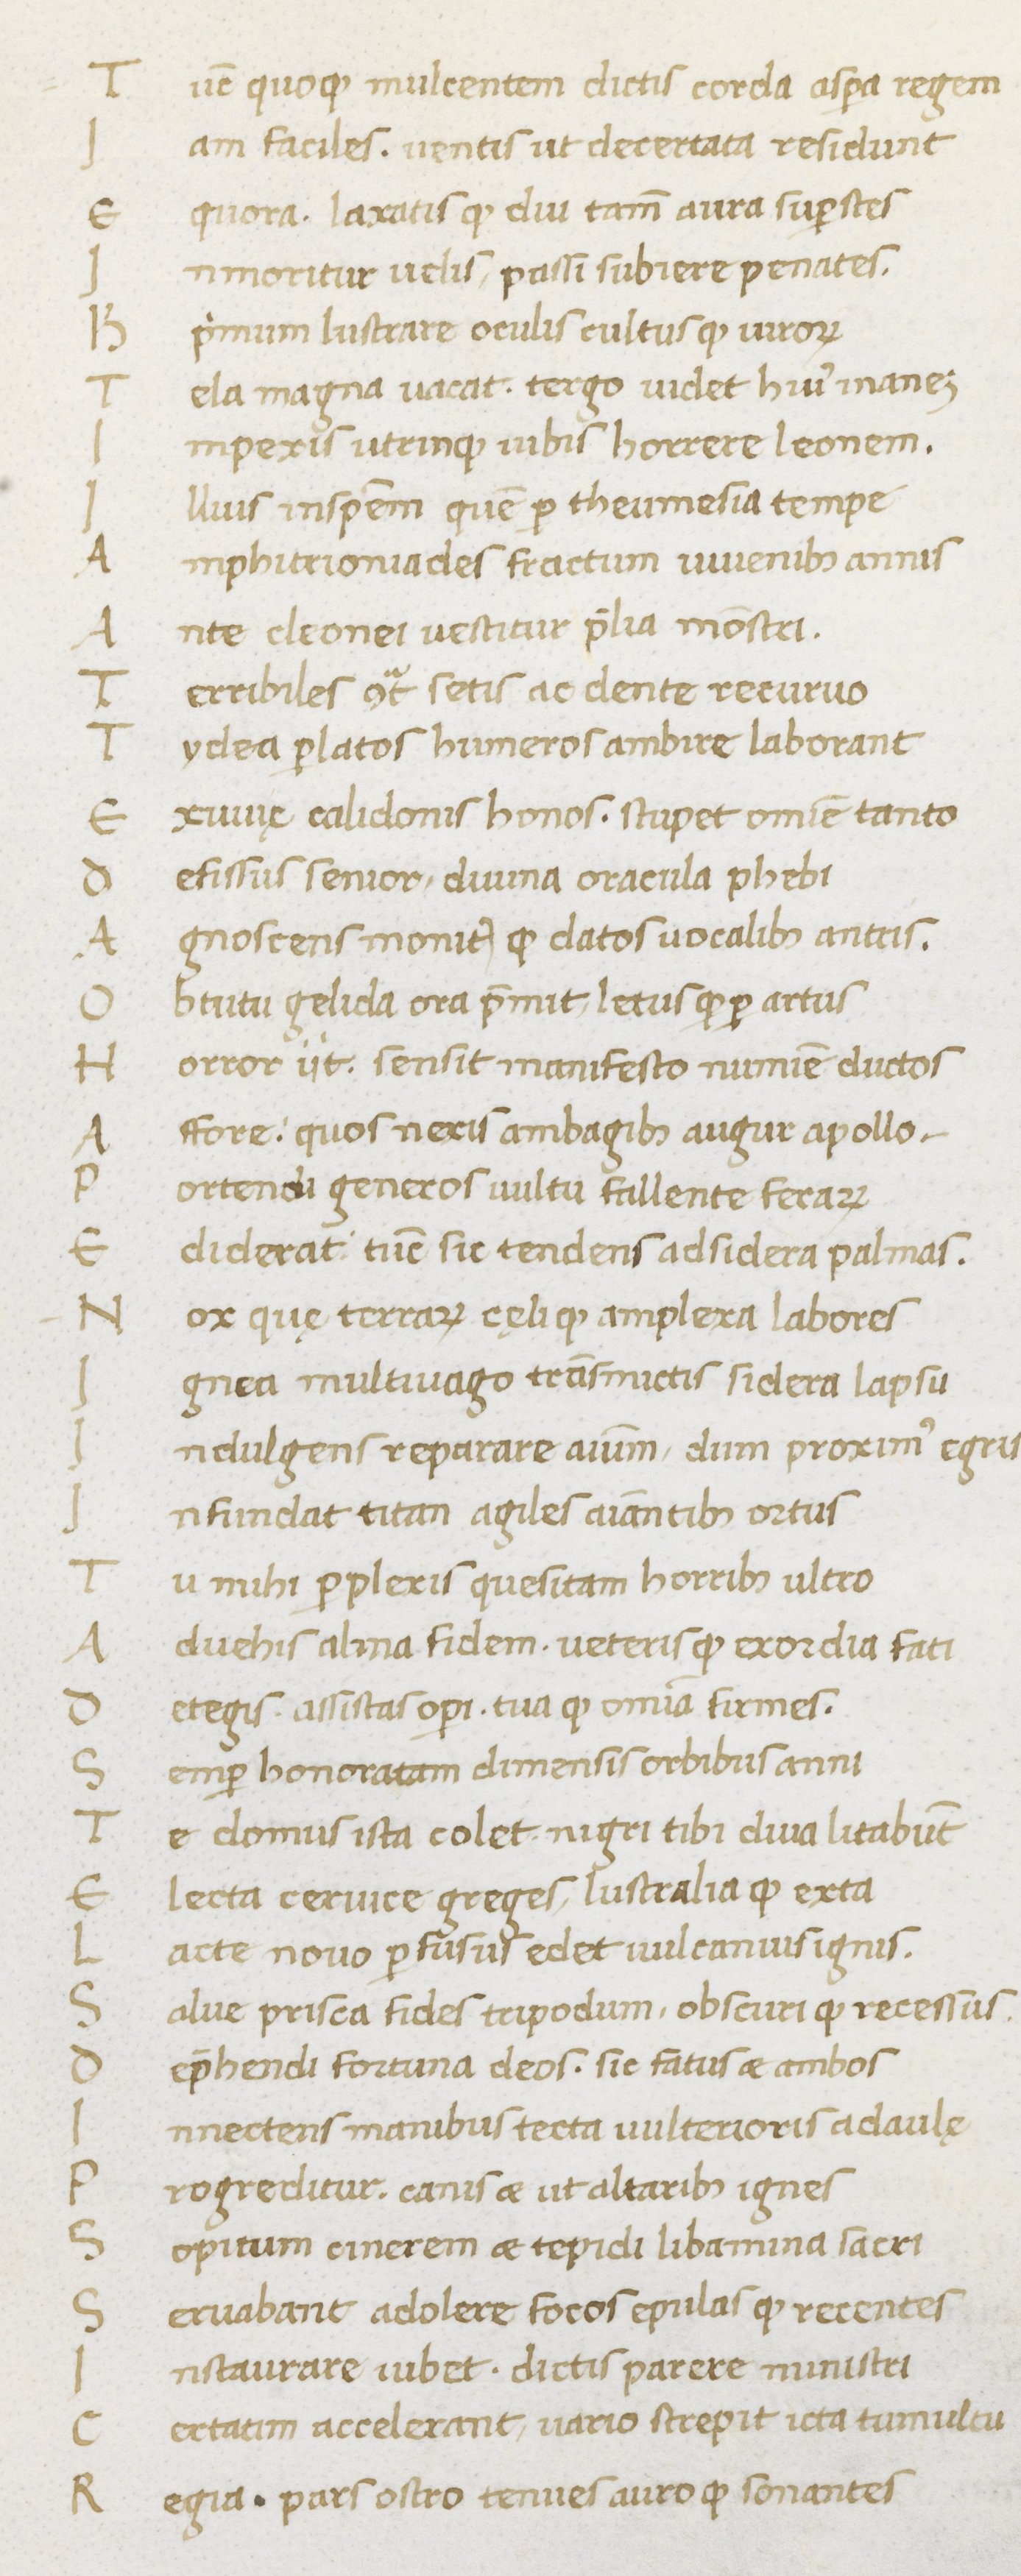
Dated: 1000–1099